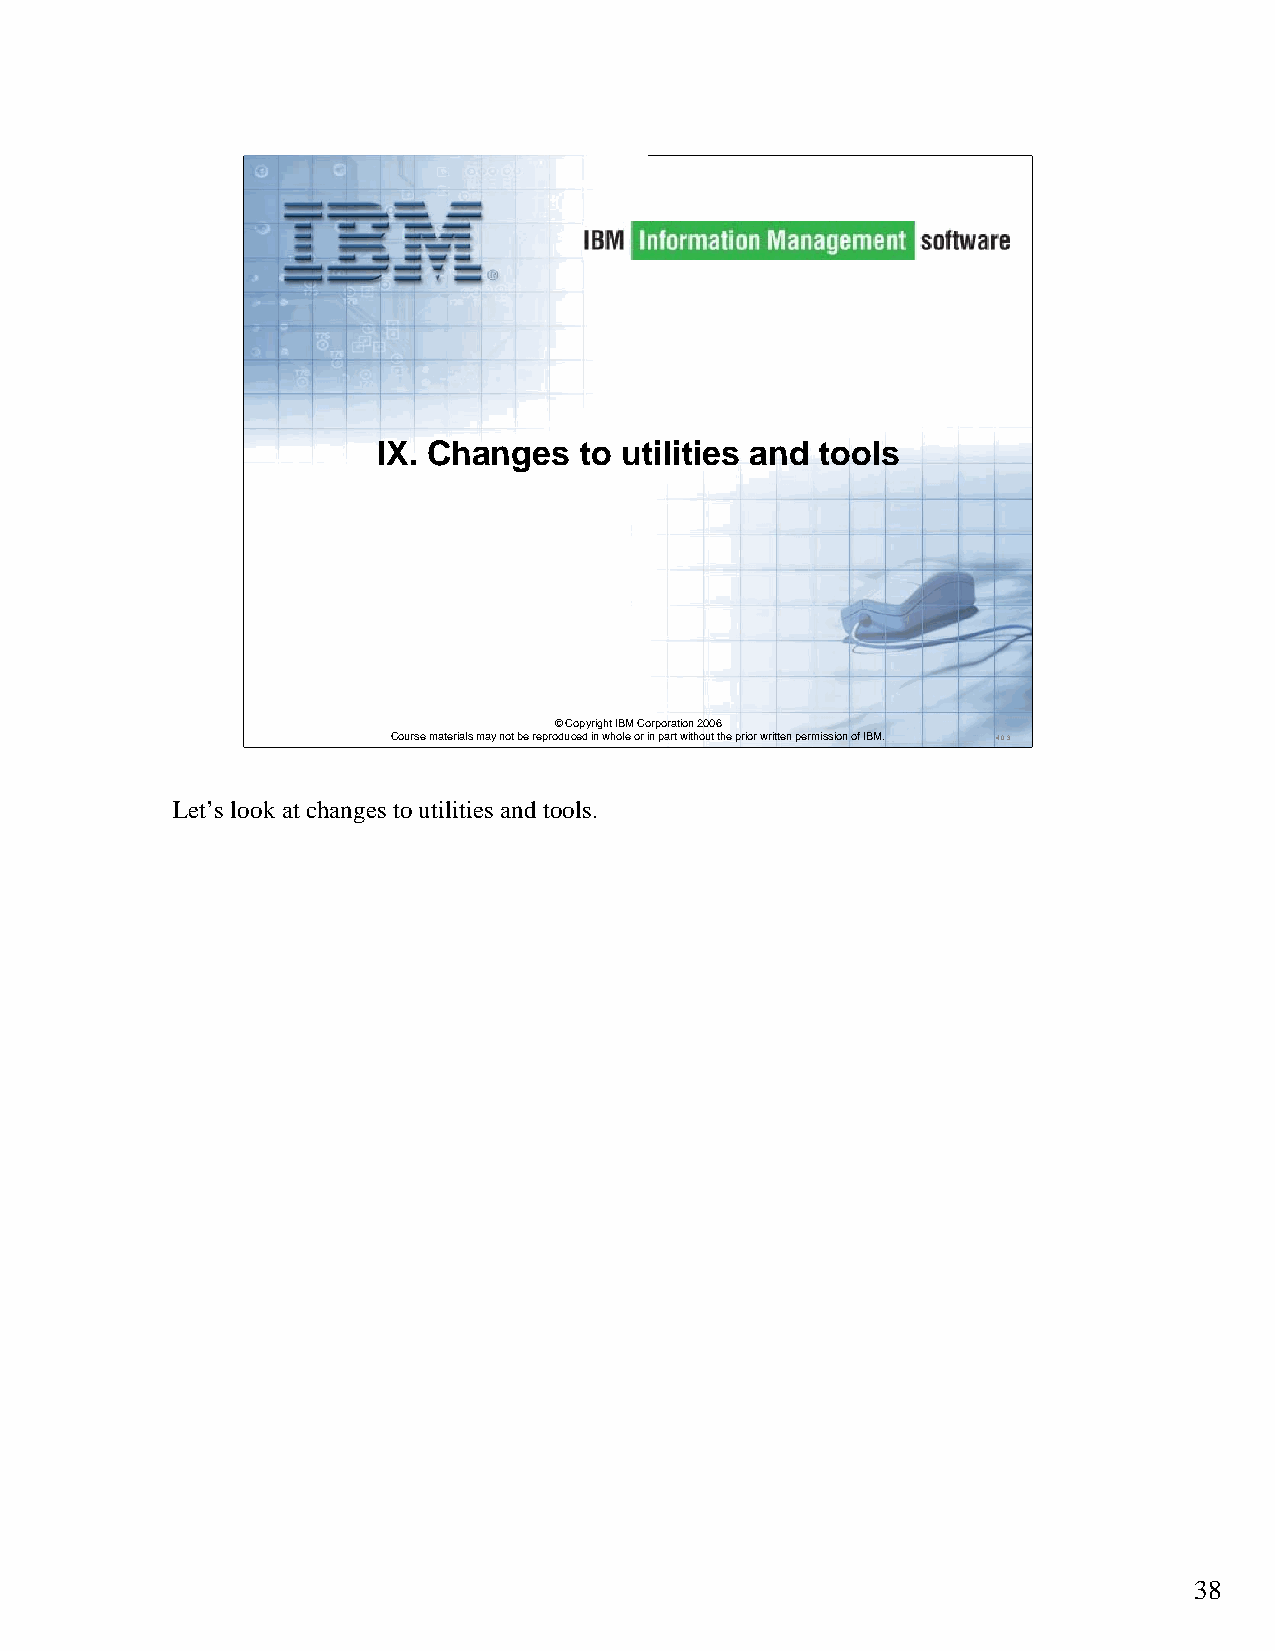
IX. Changes  to utilities and tools
 ©Copyright IBM Corporation 2006
 Course materials may not be reproduced in whole or in part without the prior written permission of IBM. 4.0.3
 Let’s look at changes to utilities and tools.
 38